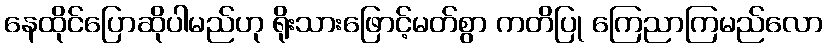
နေထိုင်ပြောဆိုပါမည်ဟု ရိုးသားဖြောင့်မတ်စွာ ကတိပြု ကြေညာကြမည်လော